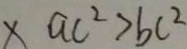
x a c ^ { 2 } > b c ^ { 2 }